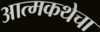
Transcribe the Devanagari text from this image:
आत्मकथेचा